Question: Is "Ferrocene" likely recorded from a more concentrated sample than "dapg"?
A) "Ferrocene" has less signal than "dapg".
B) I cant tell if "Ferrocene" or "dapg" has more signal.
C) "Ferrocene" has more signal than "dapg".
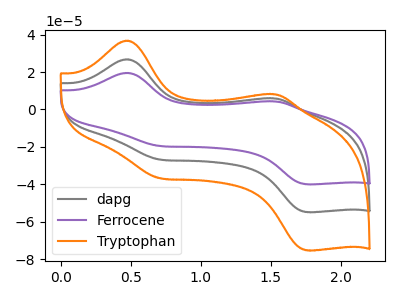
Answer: <think>The gray curve "dapg" has anodic peaks at (0.50V, 26.80uA) (1.55V, 5.90uA) and cathodic peaks at (0.70V, -26.70uA) (1.75V, -54.85uA). The purple curve "Ferrocene" has anodic peaks at (0.50V, 19.50uA) (1.55V, 4.30uA) and cathodic peaks at (0.70V, -19.50uA) (1.75V, -39.95uA). The orange curve "Tryptophan" has anodic peaks at (0.50V, 53.55uA) (1.55V, 11.80uA) and cathodic peaks at (0.70V, -53.45uA) (1.75V, -109.70uA).
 All the peaks in "Ferrocene" have a peak in "dapg" at the same potential. Every peak in "Ferrocene" is lower than every peak in "dapg".</think>
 <answer>A) "Ferrocene" has less signal than "dapg".</answer>
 <eval>A</eval>